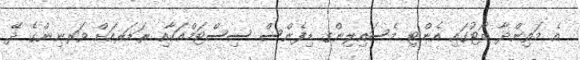
އެ މަތިންދާ ބޯޓުގައި އެންޓި މެސައިލިންގ ޑިފެންސް ސިސްޓަމްއަކާއި ރަޑަރއަށް ވަރނިންގެ ދޭ